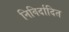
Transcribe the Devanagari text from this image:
निविर्दादित